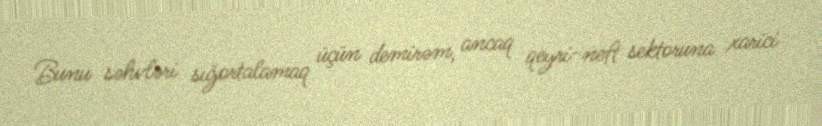
Bunu səhvləri sığortalamaq üçün demirəm, ancaq qeyri-neft sektoruna xarici